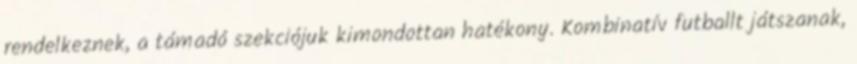
rendelkeznek, a támadó szekciójuk kimondottan hatékony. Kombinatív futballt játszanak,